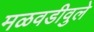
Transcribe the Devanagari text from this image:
मळवडीवुले